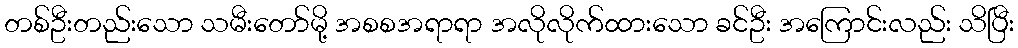
တစ်ဦးတည်းသော သမီးတော်မို့ အစစအရာရာ အလိုလိုက်ထားသော ခင်ဦး အကြောင်းလည်း သိပြီး